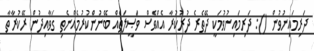
ދަރިމައިނުވުން (): ދަރިމައިނުވުމަކީ ދޭތެރެ ދުރުކުރާ އެއްވެސް ވަޞީލަތެއް ބޭނުންކުރުމެއްނެތި ގަވާއިދުން ރޭކުރާތާ